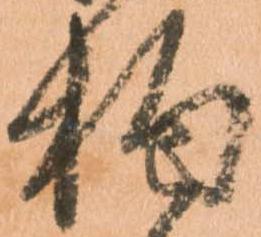
拘